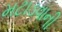
મટાડવાની